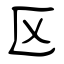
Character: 区